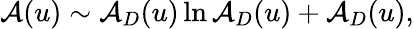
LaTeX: \mathcal{A}(u)\sim\mathcal{A}_{D}(u)\ln\mathcal{A}_{D}(u)+\mathcal{A}_{D}(u),